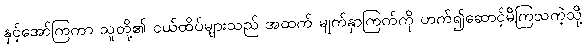
နှင့်အော်ကြကာ သူတို့၏ ငယ်ထိပ်များသည် အထက် မျက်နှာကြက်ကို ဟက်၍ဆောင့်မိကြသကဲ့သို့